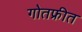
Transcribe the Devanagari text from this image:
गोतफ्रीत